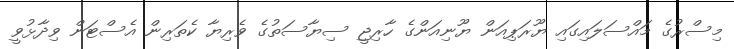
މިސްރުގެ މައްސަލައިގައި ޔޫރަޕިއަން ޔޫނިއަންގެ ހާރިޖީ ސިޔާސަތުގެ ވެރިޔާ ކެތަރިން އެސްޓަން ވިދާޅުވީ